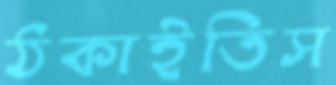
ঠকাইতিস